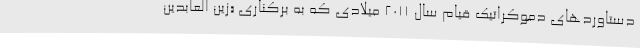
دستاوردهای دموکراتیک قیام سال ۲۰۱۱ میلادی که به برکناری «زین العابدین